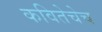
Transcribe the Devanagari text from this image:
कवितेचेच